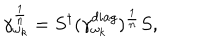
\gamma _ { \omega _ { k } } ^ { \frac { 1 } { n } } = S ^ { \dagger } ( \gamma _ { \omega _ { k } } ^ { d i a g } ) ^ { \frac { 1 } { n } } S ,